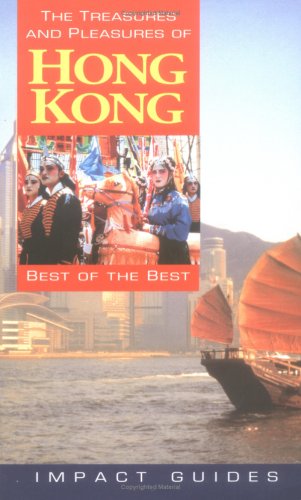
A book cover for The Treasures and Pleasures of Hong Kong: Best of the Best (Impact Guides); Ronald Krannich; Travel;